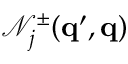
\mathcal { N } _ { j } ^ { \pm } ( { \bf q } ^ { \prime } , { \bf q } )